Civil Veterinary Department. United Provinces 1923-31 - 1923-1931
Year: 1923
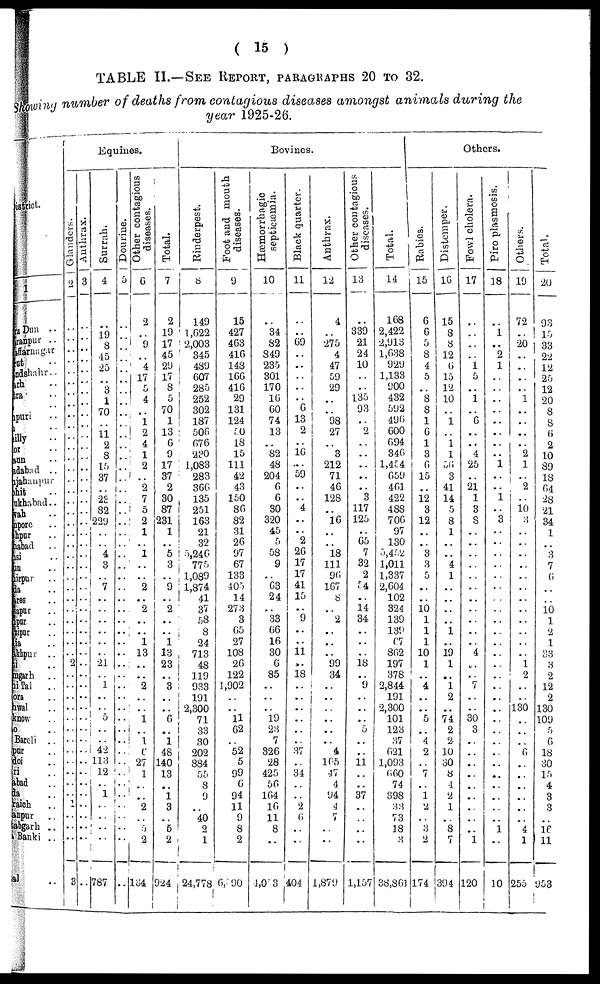
( 15 )
TABLE II.—SEE REPORT, PARAGRAPHS 20 TO 32.
Showing number of deaths from contagious diseases amongst animals during the
year 1925-26.
District.
1
Dehra Dun ..
Saharanpur ..
Muzaffarnagar ..
Meerut ..
Bulandshahr ..
Aligarh ...
Muttra ..
..
Mainpuri ..
..
Bareilly ..
Bijnor ..
Budaun ..
Moradabad ..
Shahjahanpur ..
Pilibhit ..
Farrukhabad ..
Etawah ..
Cawnpore ..
Fatehpur ..
Allahabad ..
Jhansi ..
Jalaun ..
Hamirpur ..
Banda ..
Benares ..
Mirzapur ..
Jaunpur ..
Ghazipur ..
Ballia ..
Gorakhpur ..
Basti ..
Azamgarh ..
Naini Tal ..
Almora ..
Garhwal ..
Lucknow ..
Unao ..
Bareli ..
Sitapur ..
Hardoi ..
Kheri ..
Fyzabad ..
Gonda ..
Bahraich ..
Sultanpur ..
Partabgarh ..
Bara Banki ..
Total ..
Equines.
Glanders.
2
..
..
..
..
..
..
..
..
..
..
..
..
..
..
..
..
..
..
..
..
..
..
..
..
..
..
..
..
..
..
..
2
..
..
..
..
..
..
..
..
..
..
..
..
..
..
..
..
3
Anthrax.
3
..
..
..
..
..
..
..
..
..
..
..
..
..
..
..
..
..
..
..
..
..
..
..
..
..
..
..
..
..
..
..
..
..
..
..
..
..
..
..
..
..
..
..
..
..
..
..
..
..
Surrah.
4
..
19
8
45
25
..
8
1
70
..
11
2
8
15
37
..
23
82
229
..
..
4
3
..
7
..
..
..
..
..
..
21
..
1
..
..
5
..
..
42
113
12
..
1
..
..
..
787
Dourine.
5
..
..
..
..
..
..
..
..
..
..
..
..
..
..
..
..
..
..
..
..
..
..
..
..
..
..
..
..
..
..
..
..
..
..
..
..
..
..
..
..
..
..
..
..
..
..
..
..
..
Other contagious
diseases.
6
2
..
9
..
4
17
5
4
..
1
2
4
1
2
..
2
7
5
2
1
..
1
..
..
2
..
2
..
..
1
13
..
..
2
..
..
1
..
1
6
27
1
..
..
2
..
5
2
134
Total.
7
2
19
17
45
29
17
8
5
70
1
13
6
9
17
37
2
30
87
231
1
..
5
3
..
9
..
2
..
..
1
13
23
..
3
..
..
6
..
1
48
140
13
..
1
3
..
6
2
924
Bovines.
Rinderpest.
8
149
1,622
2,003
345
489
607
285
252
302
187
506
676
230
1,083
283
366
135
251
163
21
32
5,246
775
1,089
1,874
41
37
58
8
24
713
48
119
933
191
2,300
71
33
30
202
884
55
8
9
..
40
2
1
24,778
Foot and mouth
diseases.
9
15
427
463
416
148
166
416
29
131
124
50
18
15
111
42
43
150
86
82
31
26
97
67
133
405
14
273
3
65
27
108
26
122
1,902
..
..
11
62
..
52
5
99
6
94
11
9
8
2
6,190
Hæmorrhagic
septicæmia.
10
..
34
82
849
235
301
170
16
60
74
13
..
82
48
204
6
6
30
320
45
5
58
9
..
63
24
..
33
66
16
30
6
85
..
..
..
19
28
7
326
28
425
56
164
16
11
8
..
4,053
Black quarter.
11
..
..
69
..
..
..
..
..
6
13
2
..
16
...
59
..
..
4
..
..
2
2G
17
17
41
15
..
9
..
..
11
..
18
..
..
..
..
..
..
87
..
34
..
..
2
6
..
..
404
Anthrax.
12
4
..
275
4
47
59
29
..
98
27
..
3
212
71
46
128
..
16
..
..
18
111
96
167
8
..
2
..
..
..
99
34
..
..
..
..
..
..
4
105
47
4
94
4
7
..
..
1,879
Other contagious
diseases.
13
..
339
21
24
10
..
..
135
93
..
2
..
..
..
..
..
3
117
125
..
65
7
32
2
54
..
14
34
..
..
..
18
..
9
..
..
..
..
..
..
11
..
..
37
..
..
..
..
1,157
Total.
14
168
2,422
2,913
1,638
929
1,133
900
432
592
490
600
694
346
1,454
659
461
422
488
706
97
130
5,452
1,011
1,337
2,604
102
324
139
139
67
802
197
378
2,844
191
2,300
101
123
37
621
1,093
660
74
398
33
73
18
3
38,861
Others.
Rabies.
15
6
6
5
8
4
5
..
8
8
1
6
1
3
6
15
..
12
3
12
..
..
3
3
5
..
..
10
1
1
1
10
1
..
4
..
..
5
..
4
2
..
7
..
1
2
3
2
174
Distemper.
16
15
8
8
12
6
15
12
10
..
1
..
1
1
56
3
41
14
5
8
1
..
..
4
1
..
..
..
..
1
..
19
1
..
1
2
..
74
2
2
10
30
8
4
2
1
..
8
7
394
Fowl cholera.
17
..
..
..
..
1
5
..
1
..
6
..
..
4
25
..
21
1
3
8
..
..
..
..
..
..
..
..
..
..
..
4
..
..
7
..
..
30
3
..
..
..
..
..
..
..
..
..
1
120
Piro plasmosis.
18
..
1
..
2
1
..
..
..
..
..
..
..
..
1
..
..
1
..
3
..
..
..
..
..
..
..
..
..
..
..
..
..
..
..
..
..
..
..
..
..
..
..
..
..
..
1
..
10
Others.
19
72
..
20
..
..
..
..
1
..
..
..
..
2
1
..
2
..
10
3
..
..
..
..
..
..
..
..
..
..
..
..
1
2
..
..
130
..
..
..
6
..
..
..
..
..
..
4
1
255
Total.
20
93
15
33
22
12
25
12
20
8
8
6
2
10
89
18
64
28
21
34
1
..
3
7
6
..
..
10
1
2
1
..
3
2
12
2
130
109
5
6
18
30
15
4
3
3
..
16
11
953